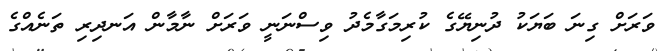
ވަރަށް ގިނަ ބަޔަކު ދުނިޔޭގެ ކުރިމަގާމެދު ވިސްނަނީ ވަރަށް ނާމާން އަނދިރި ތަނެއްގެ